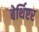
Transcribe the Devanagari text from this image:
बेर्थिएर